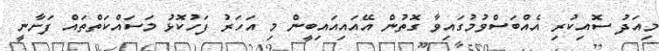
މިއަދު ސޮއިކުރި އެއްބަސްވުމުގައިވާ ގޮތުން އޭއައިއައިބީން މި އަހަރު ފަހުކޮޅު މަސައްކަތްތައް ފަށާނީ